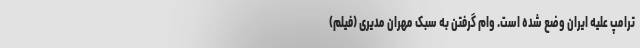
ترامپ علیه ایران وضع شده است. وام گرفتن به سبک مهران مدیری (فیلم)